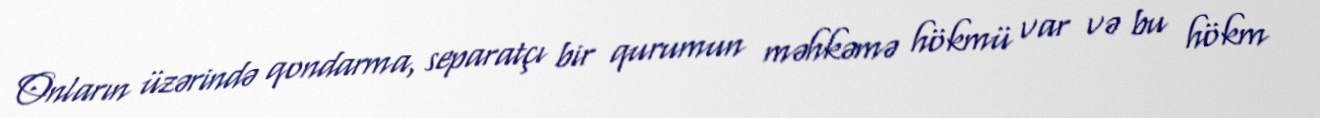
Onların üzərində qondarma, separatçı bir qurumun məhkəmə hökmü var və bu hökm